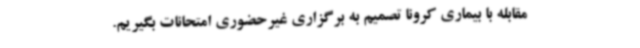
مقابله با بیماری کرونا تصمیم به برگزاری غیرحضوری امتحانات بگیریم.